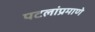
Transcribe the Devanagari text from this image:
पटलांप्रमाणे